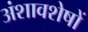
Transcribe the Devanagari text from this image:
अंशावशेषों